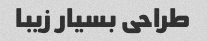
طراحی بسیار زیبا